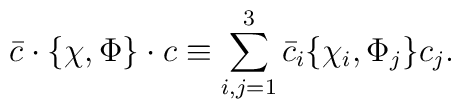
\bar{c}\cdot\{\chi,\Phi\}\cdot c \equiv\sum_{i,j=1}^3 \bar{c}_i\{\chi_i,\Phi_j\} c_j.